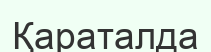
Қараталда